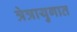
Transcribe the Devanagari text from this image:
त्रेत्रायुगात